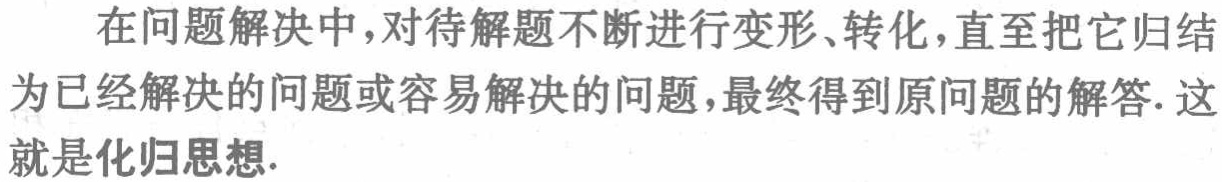
在问题解决中，对待解题不断进行变形、转化，直至把它归结为已经解决的问题或容易解决的问题，最终得到原问题的解答. 这就是化归思想.